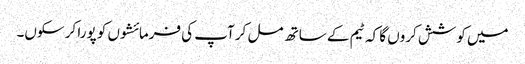
میں کوشش کروں گا کہ ٹیم کے ساتھ مل کر آپ کی فرمائشوں کو پورا کر سکوں۔